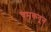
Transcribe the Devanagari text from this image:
चमकवून